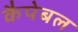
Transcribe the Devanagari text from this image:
कैपेबल